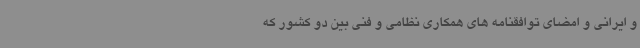
و ایرانی و امضای توافقنامه های همکاری نظامی و فنی بین دو کشور که